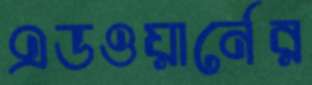
এডওয়ার্নের